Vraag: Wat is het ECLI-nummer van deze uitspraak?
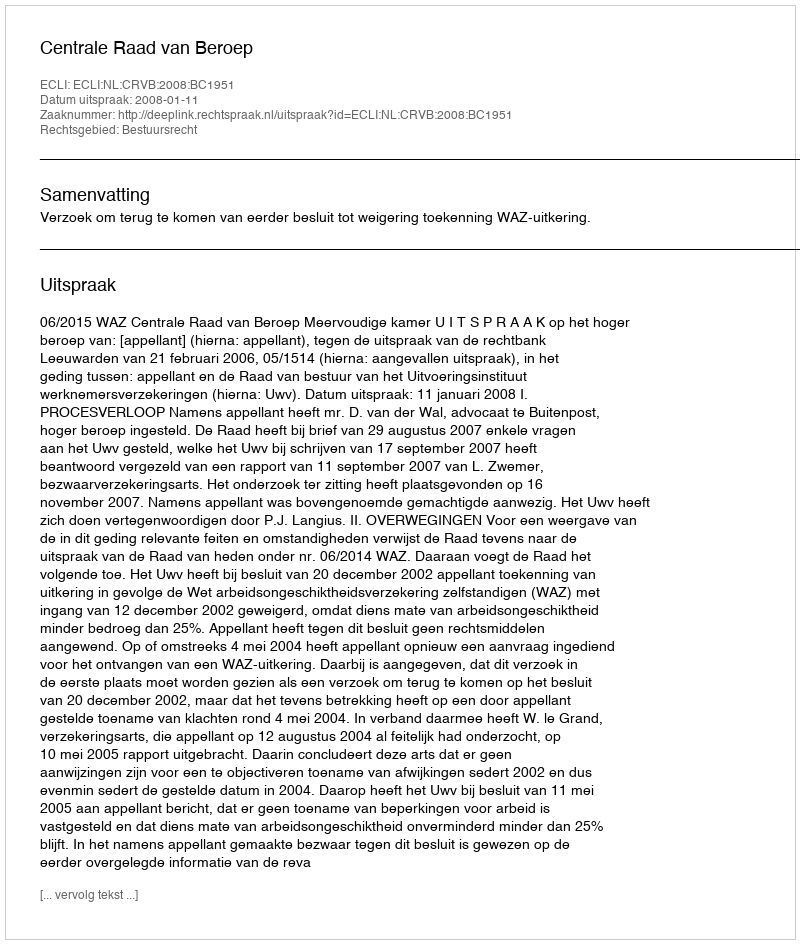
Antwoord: ECLI:NL:CRVB:2008:BC1951